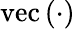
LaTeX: \mathrm{vec}\left({\cdot}\right)